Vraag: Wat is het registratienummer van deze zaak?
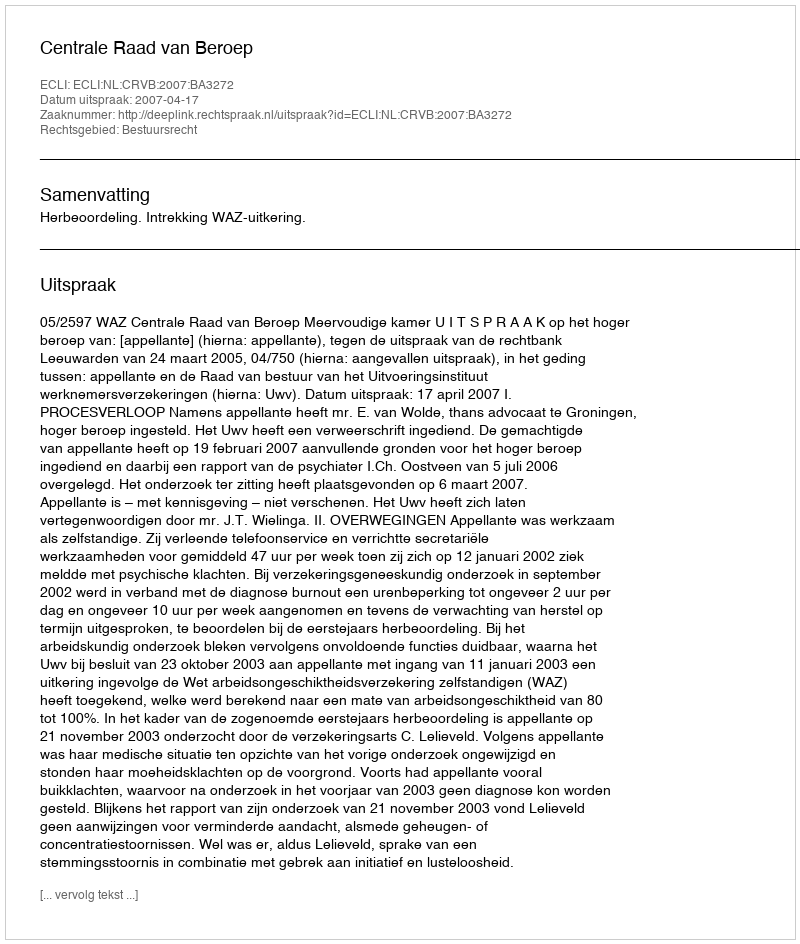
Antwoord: http://deeplink.rechtspraak.nl/uitspraak?id=ECLI:NL:CRVB:2007:BA3272